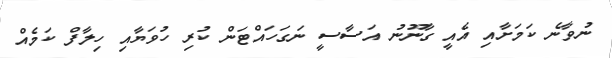
ނުވާނެ ކަމަށާއި އެއީ ގާނޫނު އަސާސީ ނަގަހައްޓަން ކުރި ހުވަޔާއި ހިލާފް ކަމެއް